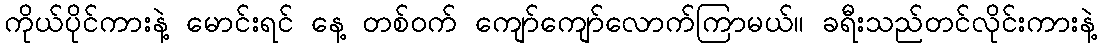
ကိုယ်ပိုင်ကားနဲ့ မောင်းရင် နေ့ တစ်ဝက် ကျော်ကျော်လောက်ကြာမယ်။ ခရီးသည်တင်လိုင်းကားနဲ့